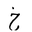
Letter: _kha